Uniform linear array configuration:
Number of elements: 32
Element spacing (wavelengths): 1
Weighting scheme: exponential
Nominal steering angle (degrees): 0
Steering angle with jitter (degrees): -1.643
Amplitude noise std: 0.05
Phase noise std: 0.05

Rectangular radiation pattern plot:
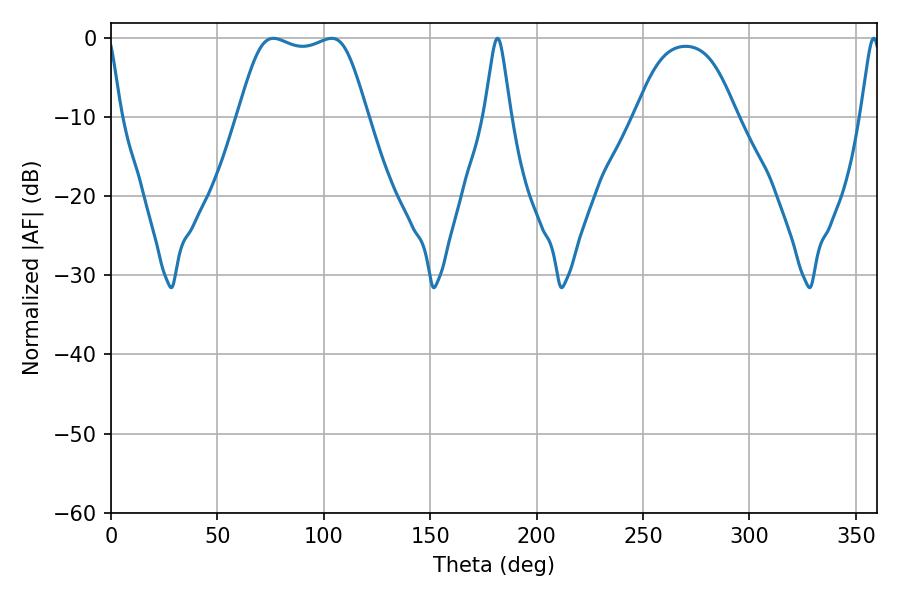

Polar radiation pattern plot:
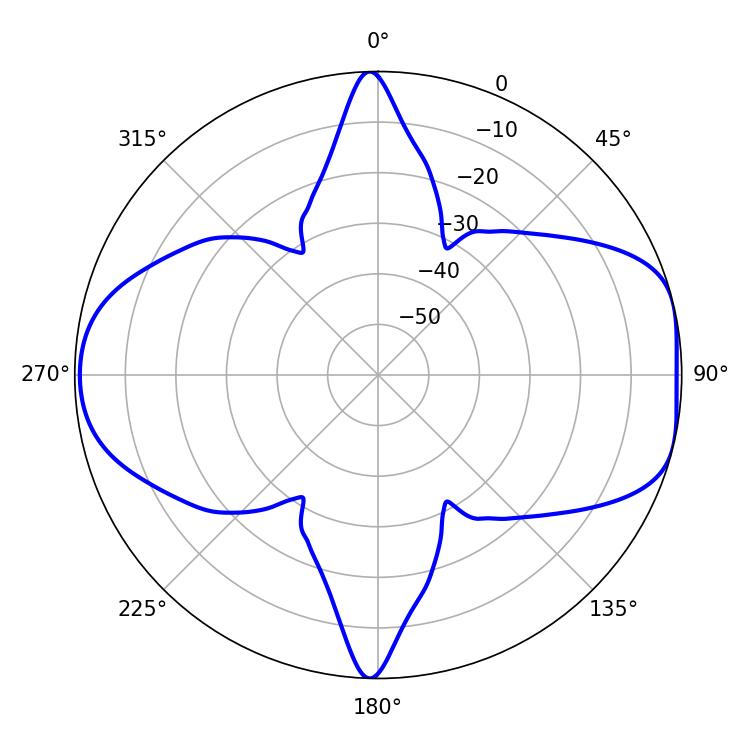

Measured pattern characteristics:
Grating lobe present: TRUE
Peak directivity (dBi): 8.062
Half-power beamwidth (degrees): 45.72
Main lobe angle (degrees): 76.32